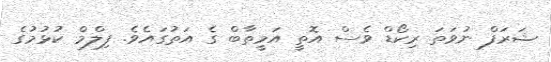
ޝަރަފް ނުވަތަ ރިކޯޑް ވެސް އޮތީ އަމީތާބް ގެ އަތުގައެވެ. ފިލްމް ކުޅުމުގެ